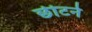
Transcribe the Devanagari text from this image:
छीटने